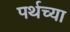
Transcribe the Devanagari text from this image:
पर्थच्या